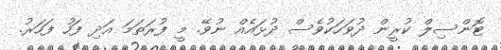
ޓޮންސިލް ކުރީން ދުވަހަކުވެސް ދުޅައެއް ނުވޭ. މީ ފުރަތަމަ އަދި ފަހު ފަހަރު.